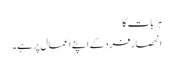
ہر بات کا
انحصار فرد کے اپنے اعمال پر ہے۔